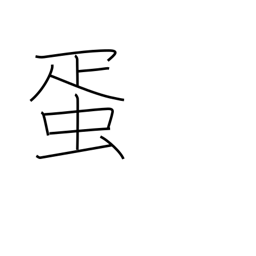
Meaning: egg